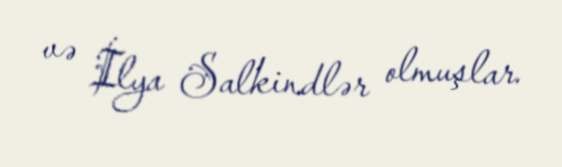
və İlya Salkindlər olmuşlar.